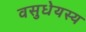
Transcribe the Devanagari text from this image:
वसुधेयस्य